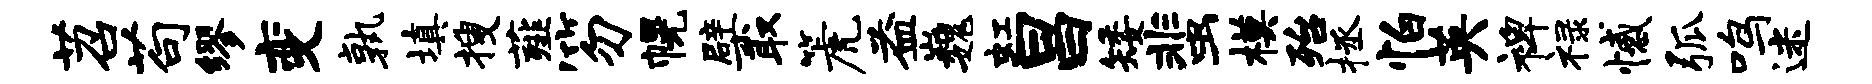
苕苟缪变孰填搜薤笏幌檗取篪益巍虹昌矮蜚模殆拯怕英裨禄憾弧鸣迷